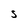
Character: S